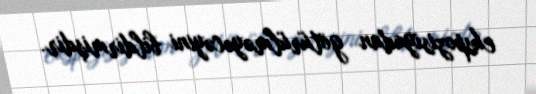
ekspozisiyadan götürülməyəcəyini bildirmişdir.